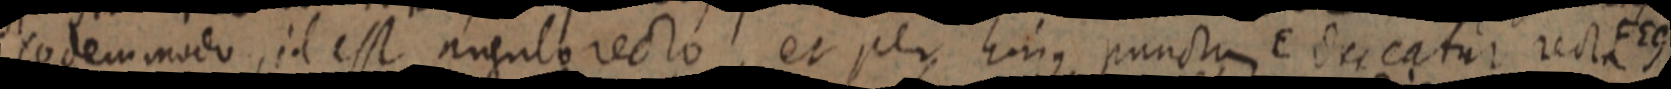
eodem modo, id esse angulo recto et per hujus punctum E ducatur recta FEG